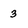
Character: 3